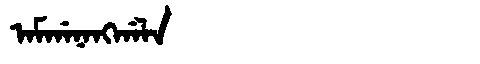
Manchu: ᠠᠮᡤᠠᠨᠠᠩᡤᠠᠯᠠ
Romanization: AMGANANGGALA